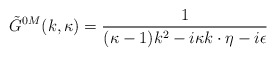
\begin{align*}\tilde G^{0 M}(k,\kappa)={1\over{(\kappa-1)k^2-i\kappa k\cdot\eta-i\epsilon}}\end{align*}